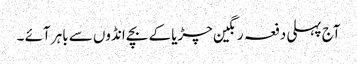
آج پہلی دفعہ رنگین چڑیا کے بچے انڈوں سے باہر آئے ۔